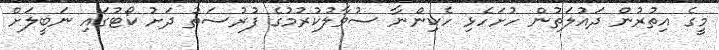
މީގެ އިތުރުން ދައުލަތުން ހުށަހެޅި ހެކިންނާ ސުވާލުކުރުމުގެ ފުރުސަތު ދަށު ކޯޓުގައި ނަބީލަށް